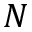
N